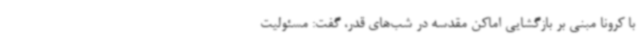
با کرونا مبنی بر بازگشایی اماکن مقدسه در شب‌های قدر، گفت: مسئولیت